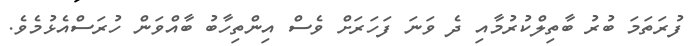
ފުރަތަމަ ބުރު ބާތިލްކުރުމާއި ދެ ވަނަ ފަހަރަށް ވެސް އިންތިހާބު ބާއްވަން ހުރަސްއެޅުމެވެ.